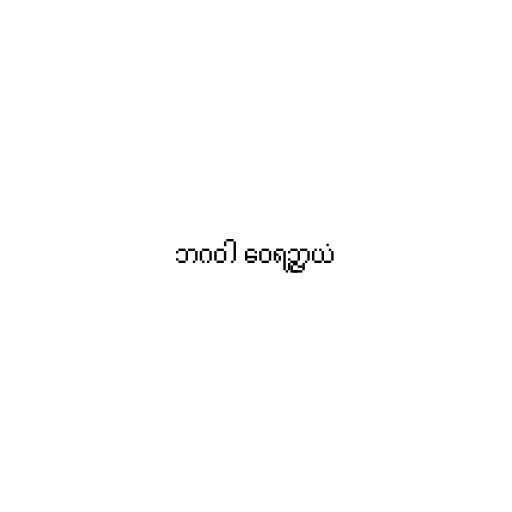
ဘဂဝါ ဝေရဉ္ဇာယံ